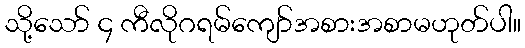
သို့သော် ၄ ကီလိုဂရမ်ကျော်အစားအစာမဟုတ်ပါ။